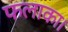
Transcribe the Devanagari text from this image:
फलाका।